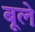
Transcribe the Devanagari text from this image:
बूले